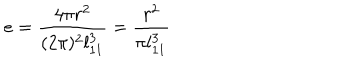
e = \frac { 4 \pi r ^ { 2 } } { ( 2 \pi ) ^ { 2 } l _ { 1 1 } ^ { 3 } } = \frac { r ^ { 2 } } { \pi l _ { 1 1 } ^ { 3 } }